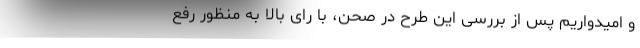
و امیدواریم پس از بررسی این طرح در صحن، با رای بالا به منظور رفع